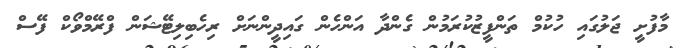
މާފުށީ ޖަލުގައި ހުކުމް ތަންފީޒުކުރަމުން ގެންދާ އަންހެން ގައިދީންނަށް ރިހެބިލިޓޭޝަން ފްރޭމްވޯކް ފޭސް